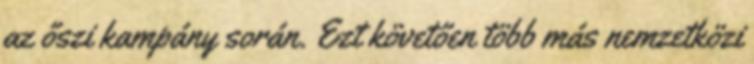
az őszi kampány során. Ezt követően több más nemzetközi